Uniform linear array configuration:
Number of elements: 4
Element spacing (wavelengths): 0.25
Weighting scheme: kaiser
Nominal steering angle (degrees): -30
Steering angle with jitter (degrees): -31.312
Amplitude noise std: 0.05
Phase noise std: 0.05

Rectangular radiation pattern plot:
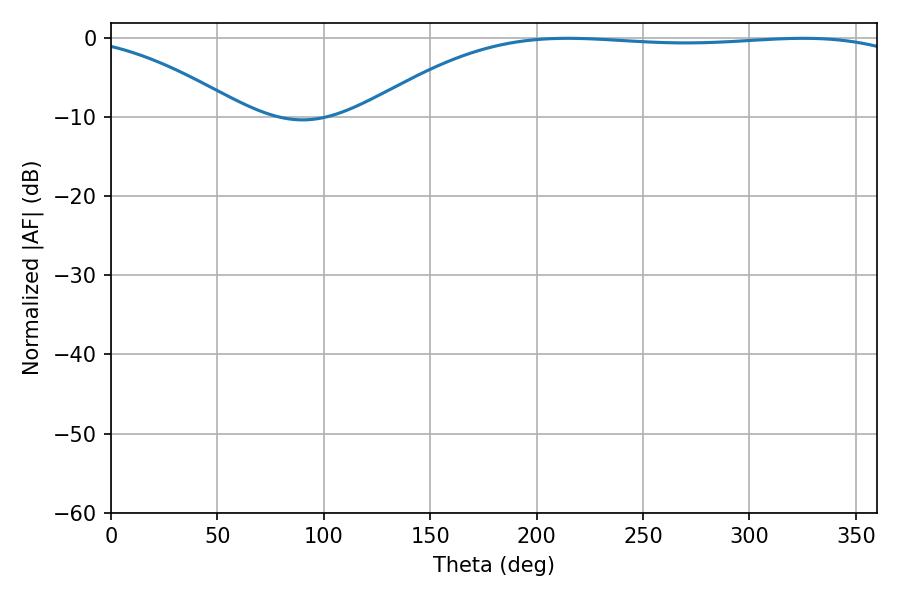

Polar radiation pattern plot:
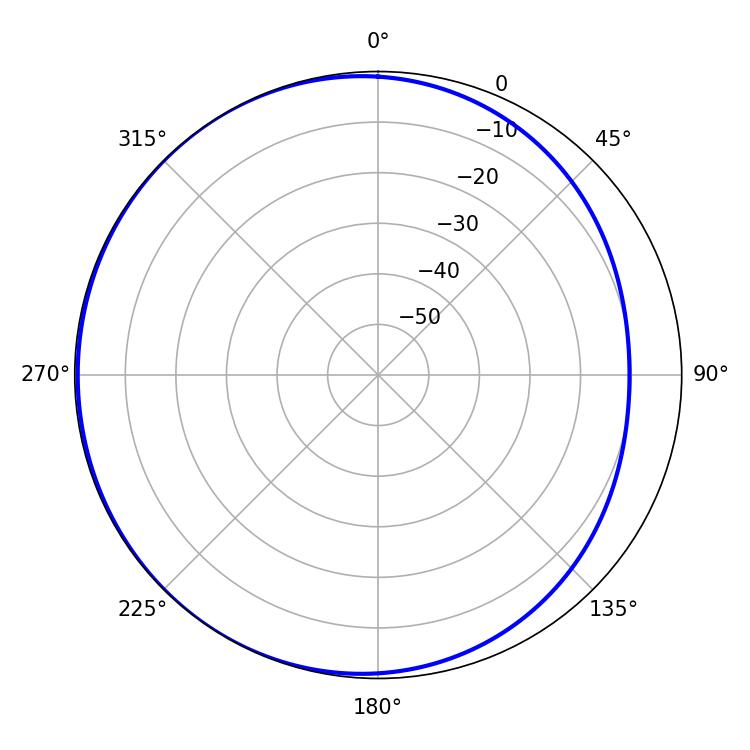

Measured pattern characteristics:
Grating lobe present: FALSE
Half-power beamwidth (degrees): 202.32
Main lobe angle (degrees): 214.56